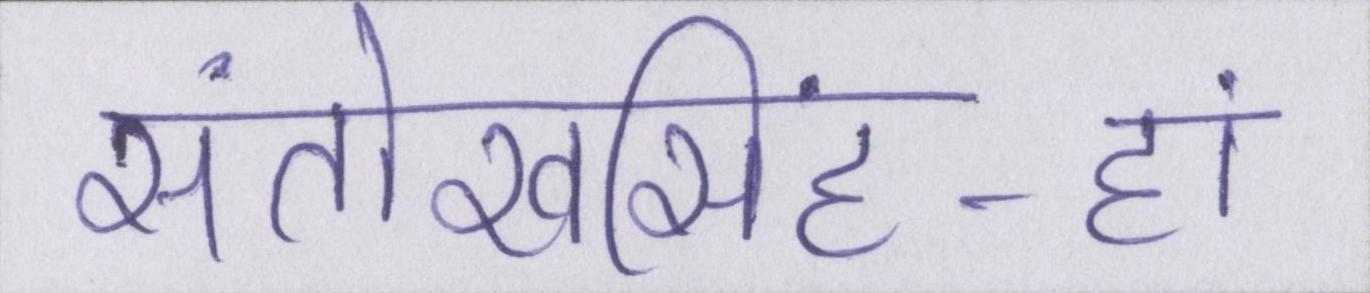
संतोखसिंह-हां